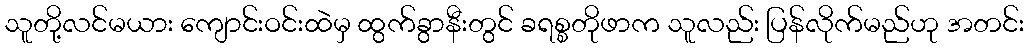
သူတို့လင်မယား ကျောင်းဝင်းထဲမှ ထွက်ခွာနီးတွင် ခရစ္စတိုဖာက သူလည်း ပြန်လိုက်မည်ဟု အတင်း